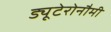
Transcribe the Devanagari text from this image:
ड्यूटेरोनौमी